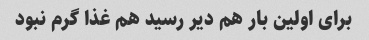
برای اولین بار هم دیر رسید هم غذا گرم نبود